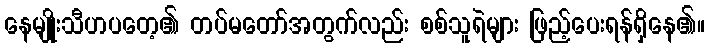
နေမျိုးသီဟပတေ့၏ တပ်မတော်အတွက်လည်း စစ်သူရဲများ ဖြည့်ပေးရန်ရှိနေ၏။